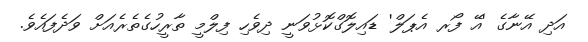
އަދި އޭނާގެ 'އޭ ފޯރ އެޕަލް' ޑައިލޮގްކޮޅުވަނީ ދިވެހި ފިލްމީ ތާރީހުގެތެރެއަށް ވަދެފައެވެ.